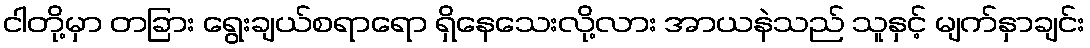
ငါတို့မှာ တခြား ရွေးချယ်စရာရော ရှိနေသေးလို့လား အာယနဲသည် သူနှင့် မျက်နှာချင်း